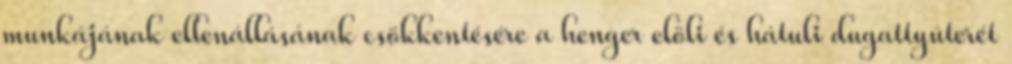
munkájának ellenállásának csökkentésére a henger elöli és hátuli dugattyúterét